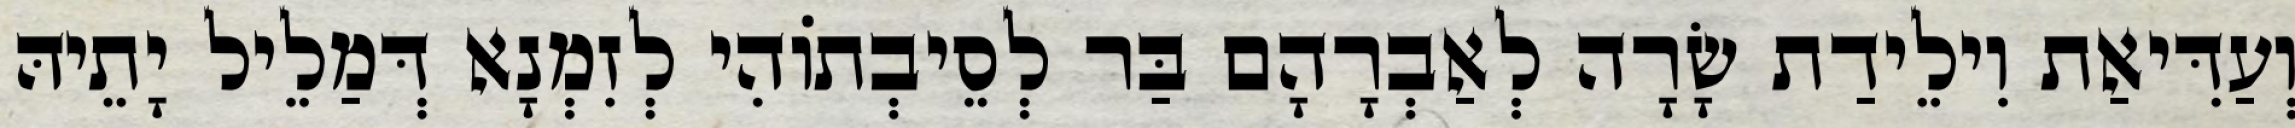
וְעַדִּיאַת וִילֵידַת שָׂרָה לְאַבְרָהָם בַּר לְסֵיבְתוֹהִי לְזִמְנָא דְּמַלֵיל יָתֵיהּ